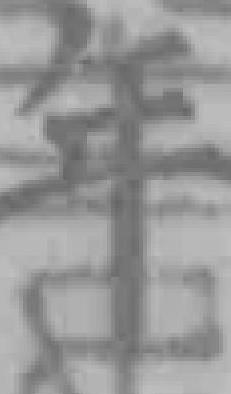
年